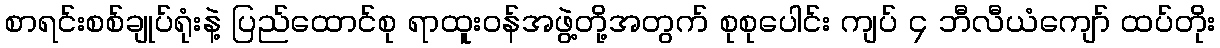
စာရင်းစစ်ချုပ်ရုံးနဲ့ ပြည်ထောင်စု ရာထူးဝန်အဖွဲ့တို့အတွက် စုစုပေါင်း ကျပ် ၄ ဘီလီယံကျော် ထပ်တိုး